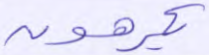
يكرهون